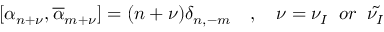
[ \alpha _ { n + \nu } , \overline { { { \alpha } } } _ { m + \nu } ] = ( n + \nu ) \delta _ { n , - m } \quad , \quad \nu = \nu _ { I } \; \; o r \; \; \tilde { \nu _ { I } }